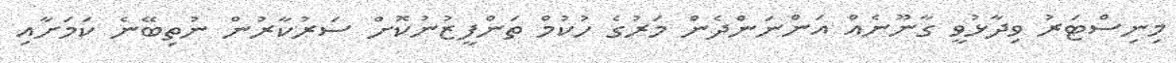
މިނިސްޓަރު ވިދާޅުވީ ގާނޫނެއް އަންނަންދެން މަރުގެ ހުކުމް ތަންފީޒުނުކޮށް ސަރުކާރުން ނުތިބޭނެ ކަމަށާއި